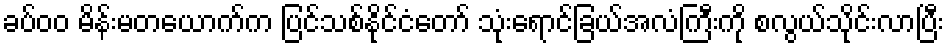
ခပ်၀၀ မိန်းမတယောက်က ပြင်သစ်နိုင်ငံတော် သုံးရောင်ခြယ်အလံကြီးကို စလွယ်သိုင်းလာပြီး